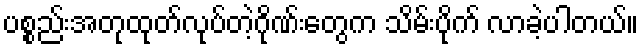
ပစ္စည်းအတုထုတ်လုပ်တဲ့ဂိုဏ်းတွေက သိမ်းပိုက် လာခဲ့ပါတယ်။